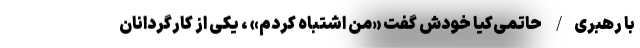
با رهبری/ حاتمی‌کیا خودش گفت «من اشتباه کردم» ، یکی از کارگردانان